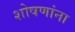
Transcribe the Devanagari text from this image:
शोषणांना